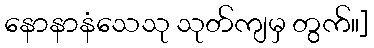
နောနာနံသေသု သုတ်ကျမှ တွက်။]